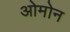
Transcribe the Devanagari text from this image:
ओमोन